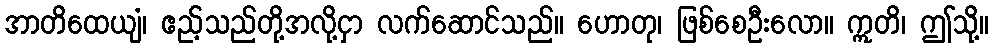
အာတိထေယျံ၊ ဧည့်သည်တို့အလို့ငှာ လက်ဆောင်သည်။ ဟောတု၊ ဖြစ်စေဦးလော။ ဣတိ၊ ဤသို့။